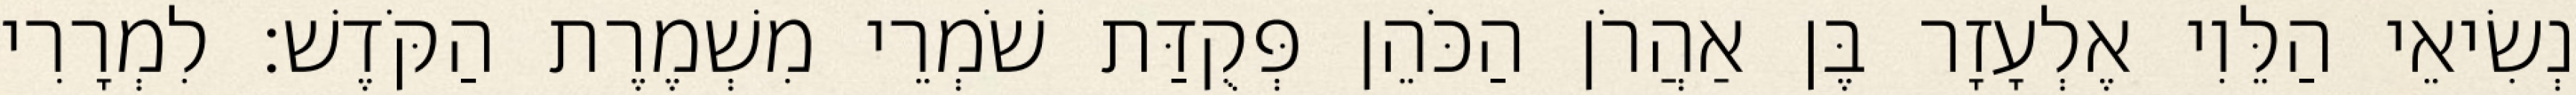
נְשִׂיאֵי הַלֵּוִי אֶלְעָזָר בֶּן אַהֲרֹן הַכֹּהֵן פְּקֻדַּת שֹׁמְרֵי מִשְׁמֶרֶת הַקֹּדֶשׁ׃ לִמְרָרִי